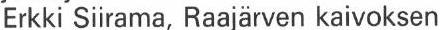
Erkki Siirama, Raajärven kaivoksen